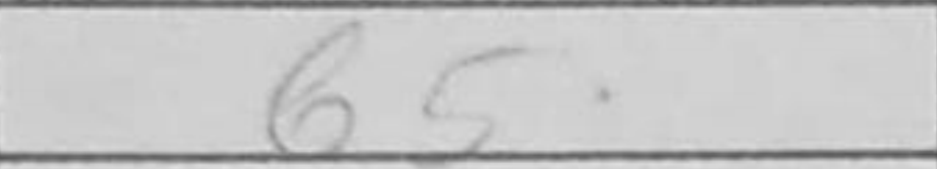
Transcription: b5